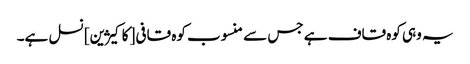
یہ وہی کوہ قاف ہے جس سے منسوب کوہ قافی [کاکیژین] نسل ہے۔